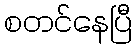
စတင်နေပြီ